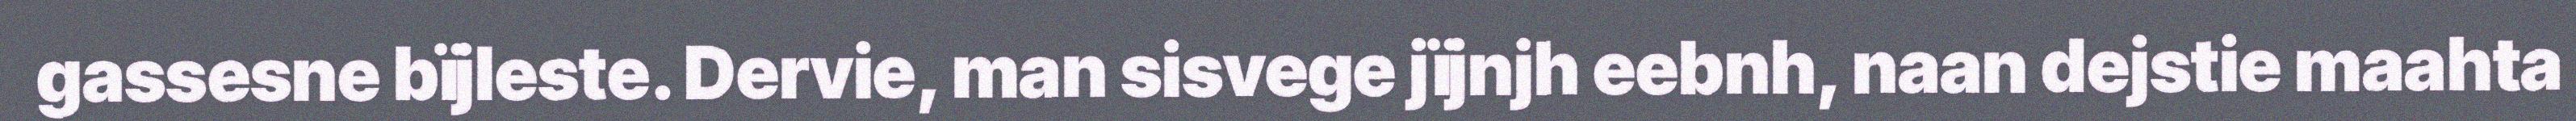
gassesne bïjleste. Dervie, man sisvege jïjnjh eebnh, naan dejstie maahta